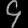
Digit: ၄